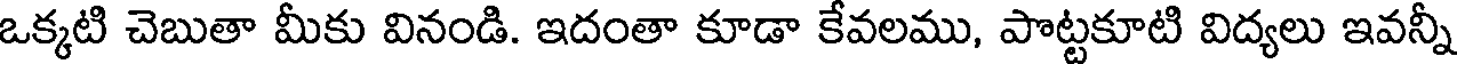
ఒక్కటి చెబుతా మీకు వినండి. ఇదంతా కూడా కేవలము, పొట్టకూటి విద్యలు ఇవన్నీ